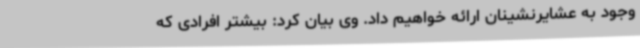
وجود به عشایرنشینان ارائه خواهیم داد. وی بیان کرد: بیشتر افرادی که